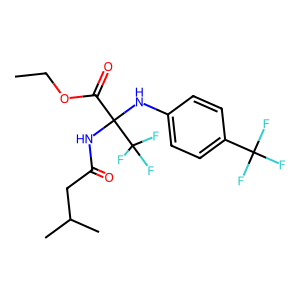
SMILES: CCOC(=O)C(NC(=O)CC(C)C)(Nc1ccc(C(F)(F)F)cc1)C(F)(F)F
Inhibits HIV replication: No